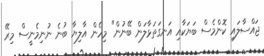
ޖައްސާލައި ކޮންމެސް ބަޔަކާއި އަނގަތަޅާލަން ބޭނުން" މިހެން އާލިޔާ ބުނެ ނުނިމެނީސް މިރޭ